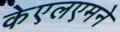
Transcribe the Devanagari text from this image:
केएलएमने